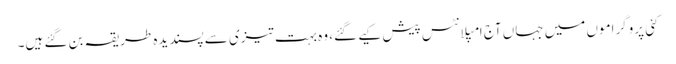
کئی پروگراموں میں جہاں آج امپلانٹس پیش کیے گئے، وہ بہت تیزی سے پسندیدہ طریقہ بن گئے ہیں۔